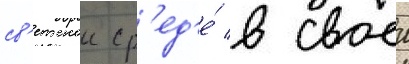
св'етскои ср'ед'е́ в своеи